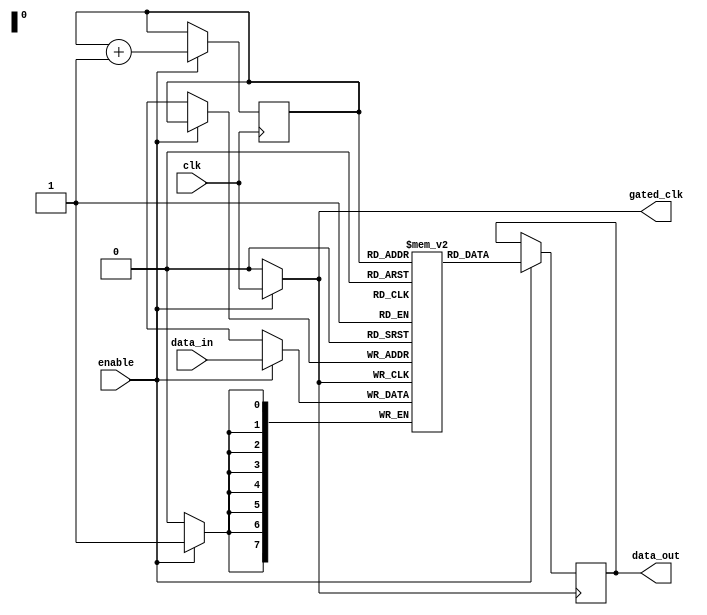
module clock_gating_memory(
    input wire clk,          // Input Clock
    input wire enable,       // Enable Signal
    input wire [7:0] data_in, // Data input for memory
    output reg [7:0] data_out, // Data output from memory
    output wire gated_clk    // Gated clock output
);

    // Memory storage (example: 256x8 SRAM)
    reg [7:0] memory [255:0];
    reg [7:0] address; // Address input to access memory
    
    // Clock Gating Logic
    assign gated_clk = enable ? clk : 1'b0;

    // Memory Write Operation
    always @(posedge gated_clk) begin
        if (enable) begin
            // Example: Write operation (assuming address is set)
            memory[address] <= data_in; 
        end
    end

    // Memory Read Operation
    always @(posedge gated_clk) begin
        if (enable) begin
            // Example: Read operation (assuming address is set)
            data_out <= memory[address];
        end
    end

    // Address Control Logic (for demonstration purposes)
    always @(posedge clk) begin
        if (enable) begin
            // Increment address for demonstration (could be replaced by actual control logic)
            address <= address + 1;
        end
    end

endmodule